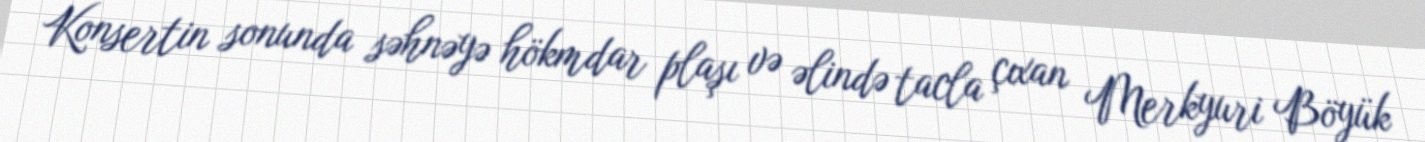
Konsertin sonunda səhnəyə hökmdar plaşı və əlində tacla çıxan Merkyuri Böyük